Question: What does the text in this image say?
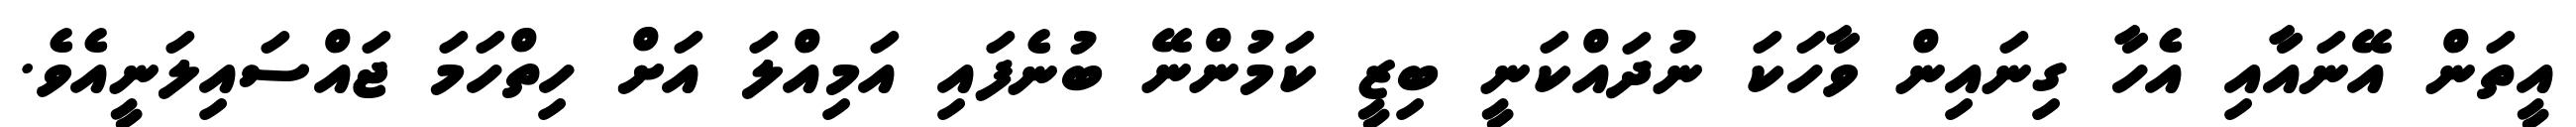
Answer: އީތަން އޭނައާއި އެހާ ގިނައިން ވާހަކަ ނުދައްކަނީ ބިޒީ ކަމުންނޭ ބުނެފައި އަމިއްލަ އަށް ހިތްހަމަ ޖައްސައިލަނީއެވެ.